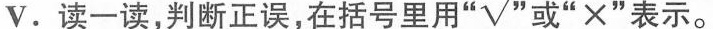
V.读一读,判断正误,在括号里用“√” 或“×”表示。